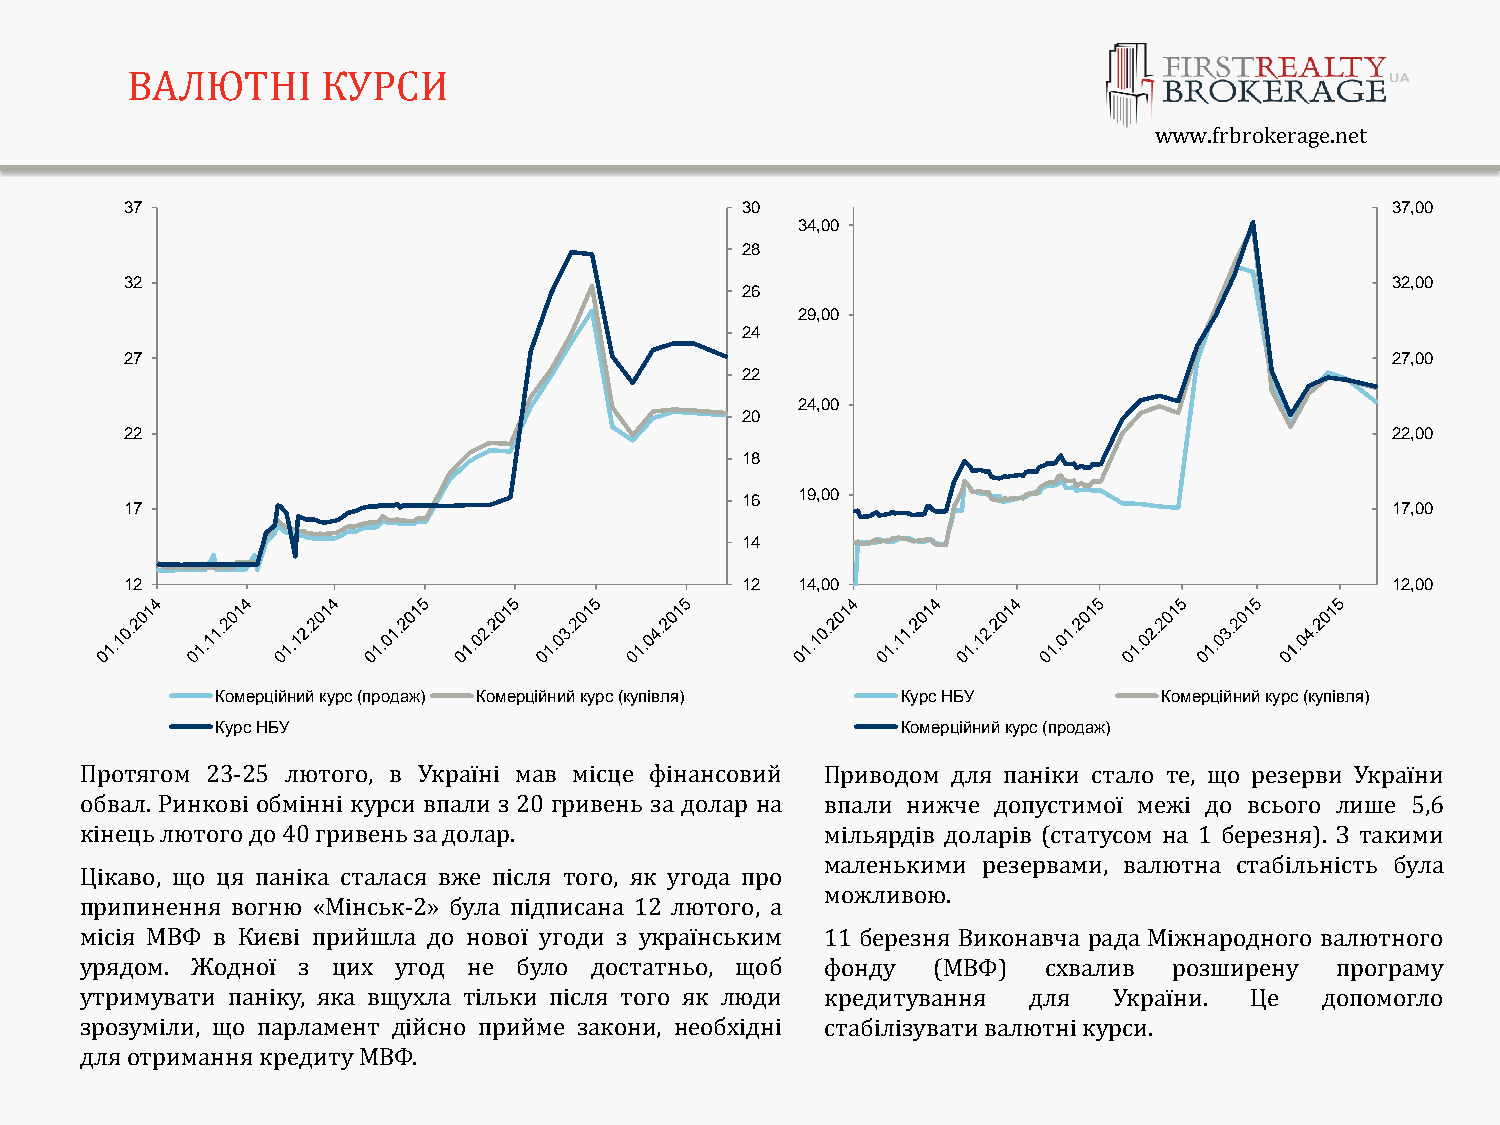
FIRST REALTY
 BROKERAGE
 ВАЛЮТНІ      КУРСИ
 Y2014
 www.frbrokerage.net
 37                                       30                                         37,00
 34,00
 28
 32                                                                                  32,00
 26
 29,00
 24
 27                                                                                  27,00
 22
 24,00
 20
 22                                                                                  22,00
 18
 16  19,00
 17                                                                                  17,00
 14
 12                                       12  14,00                                  12,00
 Комерційний курс (продаж) Комерційний курс (купівля) Курс НБУ  Комерційний курс (купівля)
 Курс НБУ                                      Комерційний курс (продаж)
 Протягом 23-25 ​​лютого, в Україні мав місце фінансовий Приводом для паніки стало те, що резерви України
 обвал. Ринкові обмінні курси впали з 20 гривень за долар на впали нижче допустимої межі до всього лише 5,6
 кінець лютого до 40 гривень за долар.             мільярдів доларів (статусом на 1 березня). З такими
 маленькими резервами, валютна стабільність була
 Цікаво, що ця паніка сталася вже після того, як угода про
 можливою.
 припинення вогню «Мінськ-2» була підписана 12 лютого, а
 місія МВФ в Києві прийшла до нової угоди з українським 11 березня Виконавча рада Міжнародного валютного
 урядом. Жодної з цих угод не було достатньо, щоб  фонду  (МВФ)  схвалив  розширену програму
 утримувати паніку, яка вщухла тільки після того як люди кредитування для України. Це допомогло
 зрозуміли, що парламент дійсно прийме закони, необхідні стабілізувати валютні курси.
 для отримання кредиту МВФ.